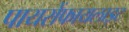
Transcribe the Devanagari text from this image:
पायरोंफायलाइट